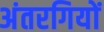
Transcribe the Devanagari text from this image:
अंतरगियों